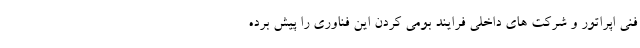
فنی اپراتور و شرکت های داخلی فرایند بومی کردن این فناوری را پیش برده